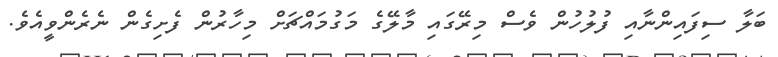
ބަލާ ސިފައިންނާއި ފުލުހުން ވެސް މިރޭގައި މާލޭގެ މަގުމައްޗަށް މިހާރުން ފެށިގެން ނެރެންވީއެވެ.